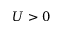
U > 0